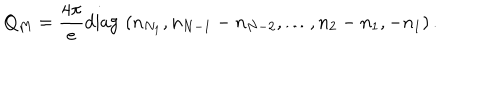
LaTeX: Q _ { M } = { \frac { 4 \pi } { e } } \mathrm { d i a g } \, \, ( n _ { N _ { 1 } } , n _ { N - 1 } - n _ { N - 2 } , \dots , n _ { 2 } - n _ { 1 } , - n _ { 1 } ) \, .